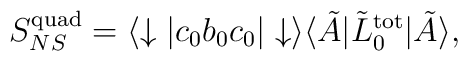
S_{NS}^{\mathrm{quad}}=\langle\downarrow|c_0b_0c_0|\downarrow\rangle\langle\tilde{A}|\tilde{L}_0^{\mathrm{tot}}|\tilde{A}\rangle,